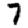
Digit: 7